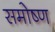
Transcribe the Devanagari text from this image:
समोष्ण